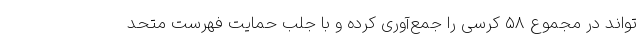
‌تواند در مجموع ۵۸ کرسی را جمع‌آوری کرده و با جلب حمایت فهرست متحد